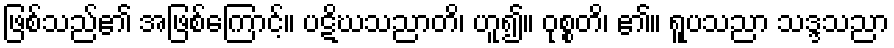
ဖြစ်သည်၏ အဖြစ်ကြောင့်။ ပဋိဃသညာတိ၊ ဟူ၍။ ဝုစ္စတိ၊ ၏။ ရူပသညာ သဒ္ဒသညာ